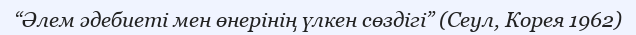
“Әлем әдебиеті мен өнерінің үлкен сөздігі” (Сеул, Корея 1962)